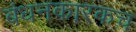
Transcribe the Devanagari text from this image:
बंधनकारकच